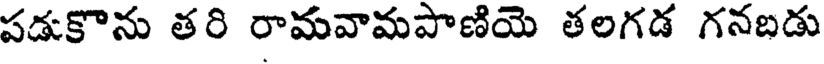
పడుకొను తరి రామవామపాణియె తలగడ గనబడు